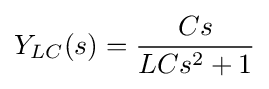
Y_{LC}(s)={\frac {Cs}{LCs^{2}+1}}